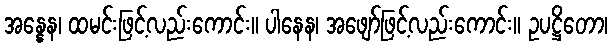
အန္နေန၊ ထမင်းဖြင့်လည်းကောင်း။ ပါနေန၊ အဖျော်ဖြင့်လည်းကောင်း။ ဥပဋ္ဌိတော၊